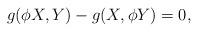
LaTeX: \begin{align*}g(\phi X,Y)-g(X,\phi Y)=0, \end{align*}